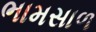
ભામસાળ